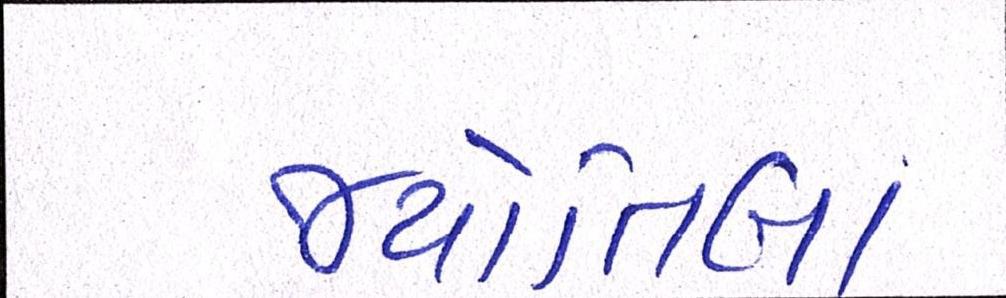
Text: જ્યોતિબા